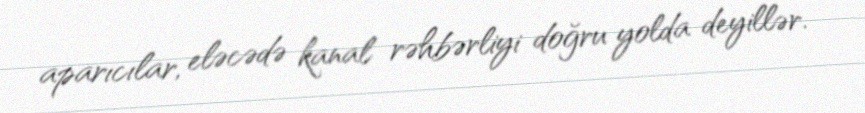
aparıcılar, eləcədə kanal rəhbərliyi doğru yolda deyillər.